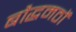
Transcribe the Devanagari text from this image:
बौद्धमठों